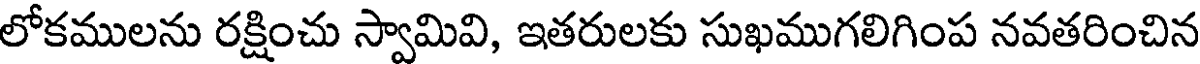
లోకములను రక్షించు స్వామివి, ఇతరులకు సుఖముగలిగింప నవతరించిన